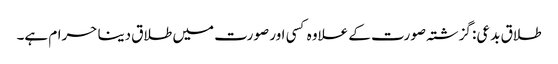
طلاق بدعی: گزشتہ صورت کے علاوہ کسی اور صورت میں طلاق دینا حرام ہے۔